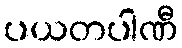
ပယတပါဏီ